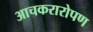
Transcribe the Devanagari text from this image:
आचकरारोपण